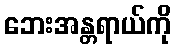
ဘေးအန္တရာယ်ကို